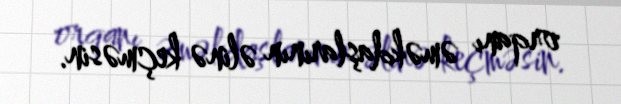
orqanı əməkdaşlarının əlinə keçməsin.